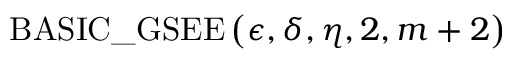
\mathrm { B A S I C \_ G S E E } \left( \epsilon , \delta , \eta , 2 , m + 2 \right)